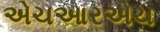
એચઆરએચ